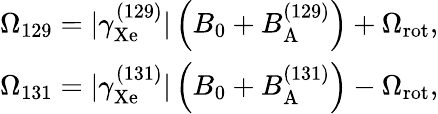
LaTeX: \begin{array}{r}{\Omega_{129}=\vert\gamma_{\mathrm{Xe}}^{(129)}\vert\left(B_{0}+B_{\mathrm{A}}^{(129)}\right)+\Omega_{\mathrm{{rot}}},}\\ {\Omega_{131}=\vert\gamma_{\mathrm{Xe}}^{(131)}\vert\left(B_{0}+B_{\mathrm{A}}^{(131)}\right)-\Omega_{\mathrm{rot}},}\end{array}